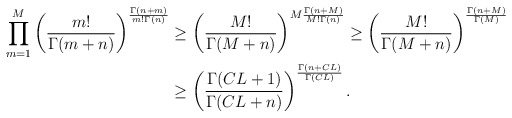
\begin{align*}\prod^{M}_{m=1}\left(\frac{m!}{\Gamma(m+n)}\right)^{\frac{\Gamma(n+m)}{m!\Gamma(n)}}&\geq \left(\frac{M!}{\Gamma(M+n)}\right)^{M\frac{\Gamma(n+M)}{M!\Gamma(n)}}\geq \left(\frac{M!}{\Gamma(M+n)}\right)^{\frac{\Gamma(n+M)}{\Gamma(M)}}\\&\geq \left(\frac{\Gamma(CL+1)}{\Gamma(CL+n)}\right)^{\frac{\Gamma(n+CL)}{\Gamma(CL)}} .\end{align*}